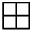
\boxplus